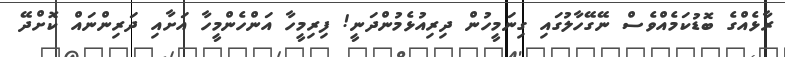
ރާޅެއްގެ ބޮޑުކަމެއްވެސް ނޭގޭހާލުގައި ގިނަމީހުން ދިރިއުޅެމުންދަނީ! ފިރިމީހާ އަންހެންމީހާ އަށާއި ދަރިންނައް ކޮށްދޭ